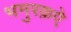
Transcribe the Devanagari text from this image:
भमुरक़ऐ